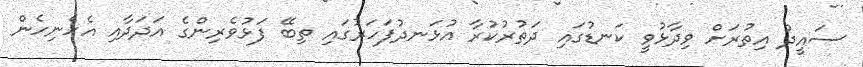
ސައީދު އިތުރަށް ވިދާޅުވީ ކަނޑުގައި ދަތުރުކުރާ އުޅަނދުފަހަރުގައި ތިބޭ ފަޅުވެރިންގެ އަދަދާއި އެހެނިހެން